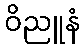
ဝိညူနံ